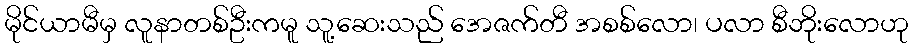
မိုင်ယာမီမှ လူနာတစ်ဦးကမူ သူ့ဆေးသည် အေဇက်တီ အစစ်လော၊ ပလာ စီဘိုးလောဟု